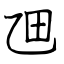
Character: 乪